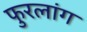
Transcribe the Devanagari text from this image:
फुरलांग